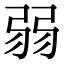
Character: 弱